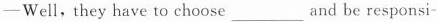
-Well,they have to choose_and be responsi-